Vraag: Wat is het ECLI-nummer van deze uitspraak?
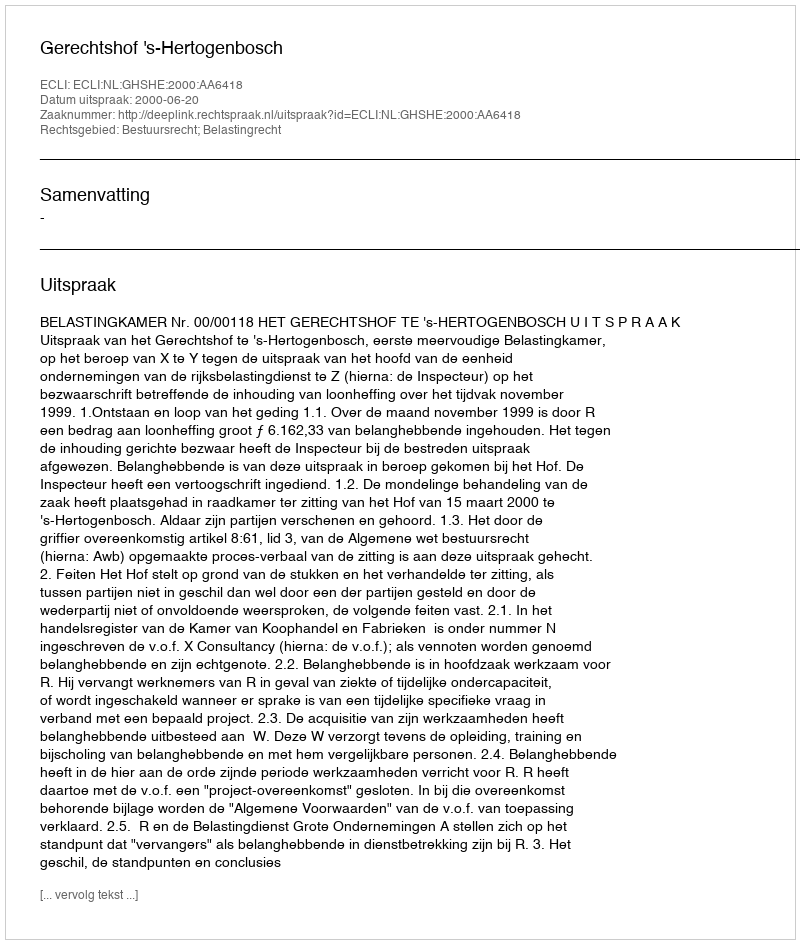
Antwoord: ECLI:NL:GHSHE:2000:AA6418